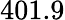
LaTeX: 401.9